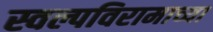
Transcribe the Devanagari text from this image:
स्वल्पविरामाच्या